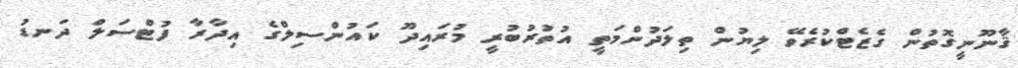
ޤާނޫނީގޮތުން ގެޒެޓްކުރެވޭ ލިޔުން ތިލަދުންމަތީ އުތުރުބުރީ މުރައިދޫ ކައުންސިލްގެ އިދާރާ ފުޓްސަލް ދަނޑު